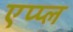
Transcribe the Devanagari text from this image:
एप्‍प्‍ल